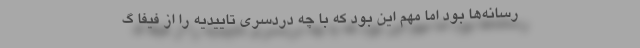
رسانه‌ها بود اما مهم این بود که با چه دردسری تاییدیه را از فیفا گ